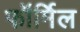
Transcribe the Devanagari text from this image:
फॉर्मिल